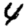
Digit: 4